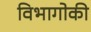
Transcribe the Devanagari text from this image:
विभागोकी